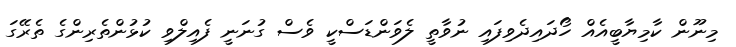
މިނޫން ކާމިޔާބީއެއް ހޯދައިދެވިފައި ނުވާތީ ލެވަންޑަސްކީ ވެސް ގުނަނީ ފެއިލްވި ކުޅުންތެރިންގެ ތެރޭގަ